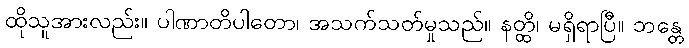
ထိုသူအားလည်း။ ပါဏာတိပါတော၊ အသက်သတ်မှုသည်။ နတ္ထိ၊ မရှိရာပြီ။ ဘန္တေ